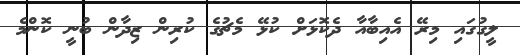
ލީގުގައި މިރޭ އެއިބާއާ ދެކޮޅަށް ކުޅޭ މެޗުގެ ކުރިން ޒިދާން ބުނީ ކޮންމެ